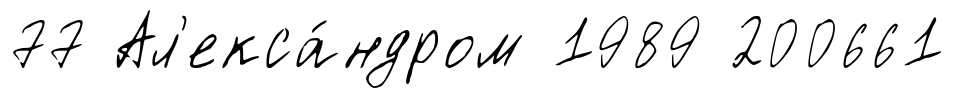
77 Ал'екса́ндром 1989 200661